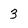
Character: 3